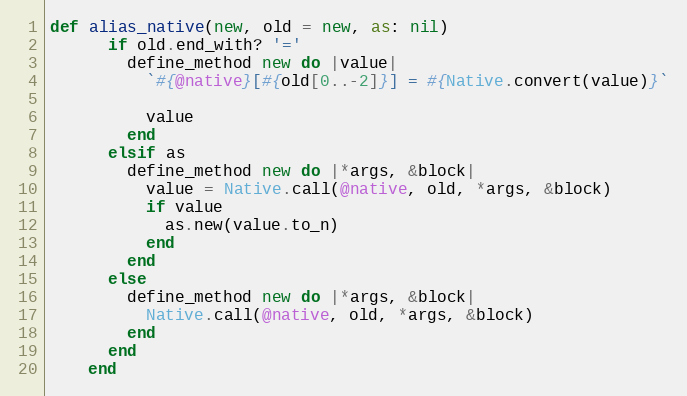
Language: Ruby
def alias_native(new, old = new, as: nil)
      if old.end_with? '='
        define_method new do |value|
          `#{@native}[#{old[0..-2]}] = #{Native.convert(value)}`

          value
        end
      elsif as
        define_method new do |*args, &block|
          value = Native.call(@native, old, *args, &block)
          if value
            as.new(value.to_n)
          end
        end
      else
        define_method new do |*args, &block|
          Native.call(@native, old, *args, &block)
        end
      end
    end